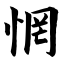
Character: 惘